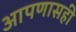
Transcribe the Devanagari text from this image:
आपणासही